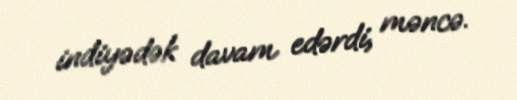
indiyədək davam edərdi, məncə.